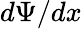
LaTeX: d\Psi/dx